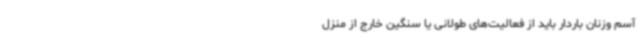
آسم وزنان باردار باید از فعالیت‌های طولانی یا سنگین خارج از منزل